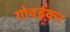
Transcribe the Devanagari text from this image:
गोवईकर